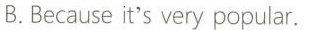
B.Because it's very popular.